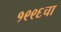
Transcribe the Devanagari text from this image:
१९९६चा